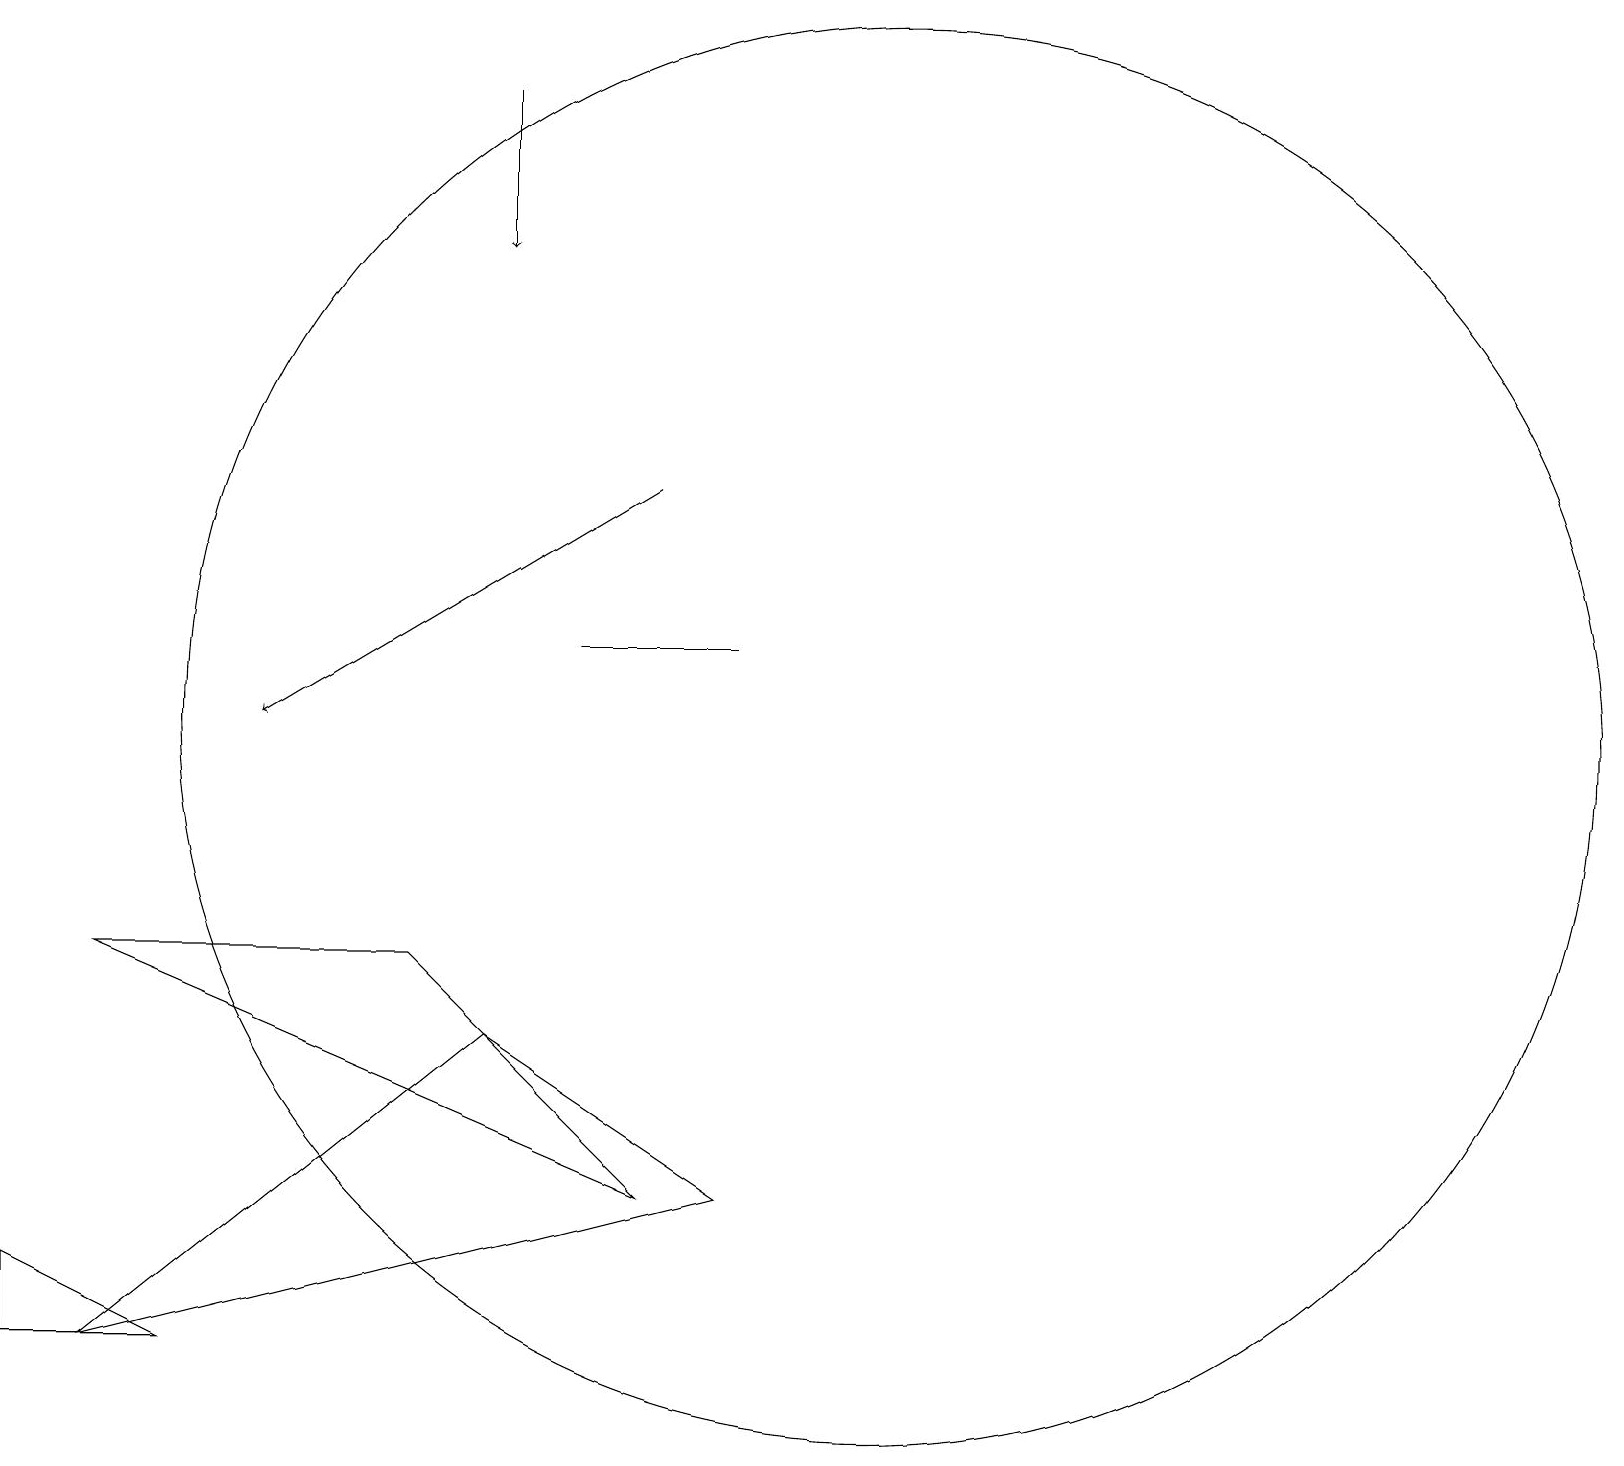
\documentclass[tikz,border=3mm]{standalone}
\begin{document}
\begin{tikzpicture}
\draw (0,3) -- (2,2) -- (0,2) -- cycle;
\draw[->] (8,13) -- (3,10);
\draw (11,10) circle (9);
\draw (1,7) -- (8,4) -- (5,7) -- cycle;
\draw[->] (6,18) -- (6,16);
\draw (6,6) -- (9,4) -- (1,2) -- cycle;
\draw (7,11) rectangle (9,11);
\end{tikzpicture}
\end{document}